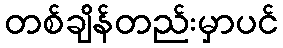
တစ်ချိန်တည်းမှာပင်